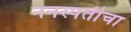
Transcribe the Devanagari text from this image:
ननस्पतीचा